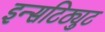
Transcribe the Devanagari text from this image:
इन्सटिठ्युट